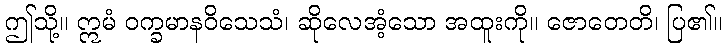
ဤသို့။ ဣမံ ဝက္ခမာနဝိသေသံ၊ ဆိုလေအံ့သော အထူးကို။ ဇောတေတိ၊ ပြ၏။